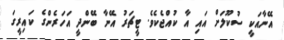
އޭނާއަކީ ސުކޫލަށް އައި އާ ކުއްޖެކެވެ. ޓީޗަރު އޭނާ ބޭންދީ އަހަރެންގެ ކައިރީގަ